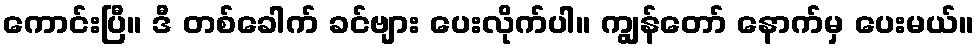
ကောင်းပြီ။ ဒီ တစ်ခေါက် ခင်ဗျား ပေးလိုက်ပါ။ ကျွန်တော် နောက်မှ ပေးမယ်။